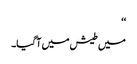
‘‘
میں طیش میں آگیا۔